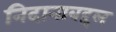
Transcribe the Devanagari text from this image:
निदानाबद्दल